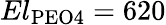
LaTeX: El_{\mathrm{PEO4}}=620